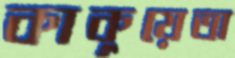
কাকুয়েতা